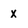
Character: x